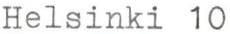
Helsinki 10